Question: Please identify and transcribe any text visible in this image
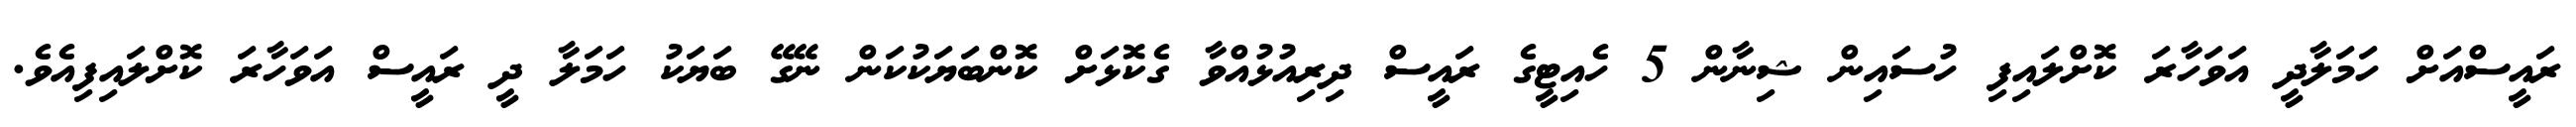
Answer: ރައީސްއަށް ހަމަލާދީ އަވަހާރަ ކޮށްލައިފި ހުސައިން ޝިނާން 5 ހެއިޓީގެ ރައީސް ދިރިއުޅުއްވާ ގެކޮޅަށް ކޮންބަޔަކުކަން ނޭގޭ ބަޔަކު ހަމަލާ ދީ ރައީސް އަވަހާރަ ކޮށްލައިފިއެވެ.